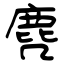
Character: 麂